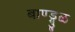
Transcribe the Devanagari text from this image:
बाण्ड्गुळ